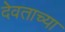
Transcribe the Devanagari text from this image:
देवताच्या